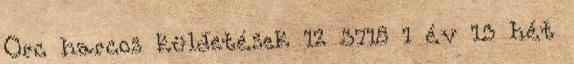
Orc harcos küldetések 12 3718 1 év 13 hét